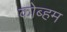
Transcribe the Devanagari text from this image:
कोब्हम